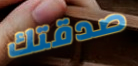
صدقتك